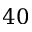
4 0